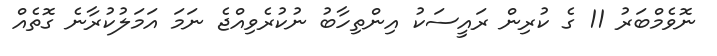
ނޮވެމްބަރު 11 ގެ ކުރިން ރައީސަކު އިންތިހާބު ނުކުރެވިއްޖެ ނަމަ އަމަލުކުރާނެ ގޮތެއް